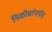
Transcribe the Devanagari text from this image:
निळोबांपर्यंत